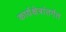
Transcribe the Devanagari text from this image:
कार्यक्षेत्रांतर्गत